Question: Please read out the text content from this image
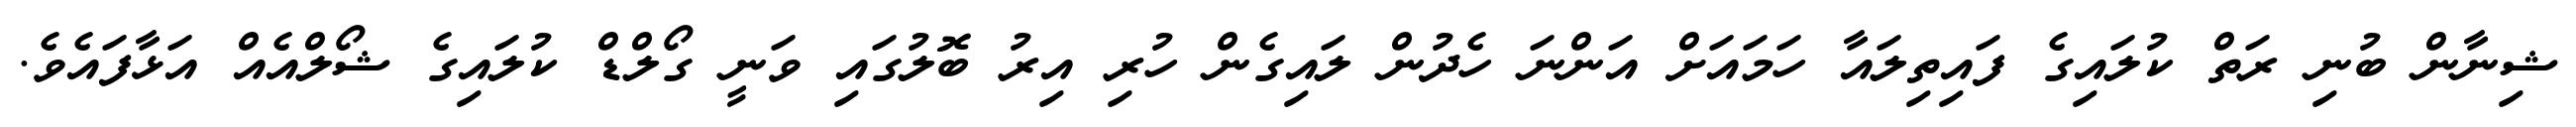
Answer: ޝިނާން ބުނި ރަތް ކުލައިގެ ފައިތިލައާ ހަމައަށް އަންނަ ހެދުން ލައިގެން ހުރި އިރު ބޮލުގައި ވަނީ ގޯލްޑް ކުލައިގެ ޝޯލްއެއް އަޅާފައެވެ.